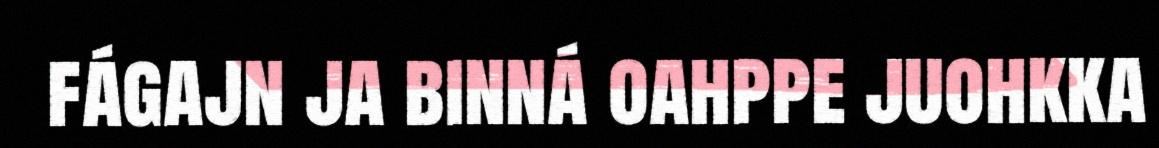
fágajn ja binná oahppe juohkka